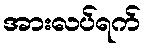
အားလပ်ရက်